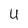
Character: u